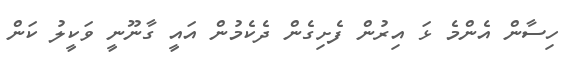
ހިސާން އެންމެ ޅަ އިރުން ފެށިގެން ދެކެމުން އައީ ގާނޫނީ ވަކީލު ކަން